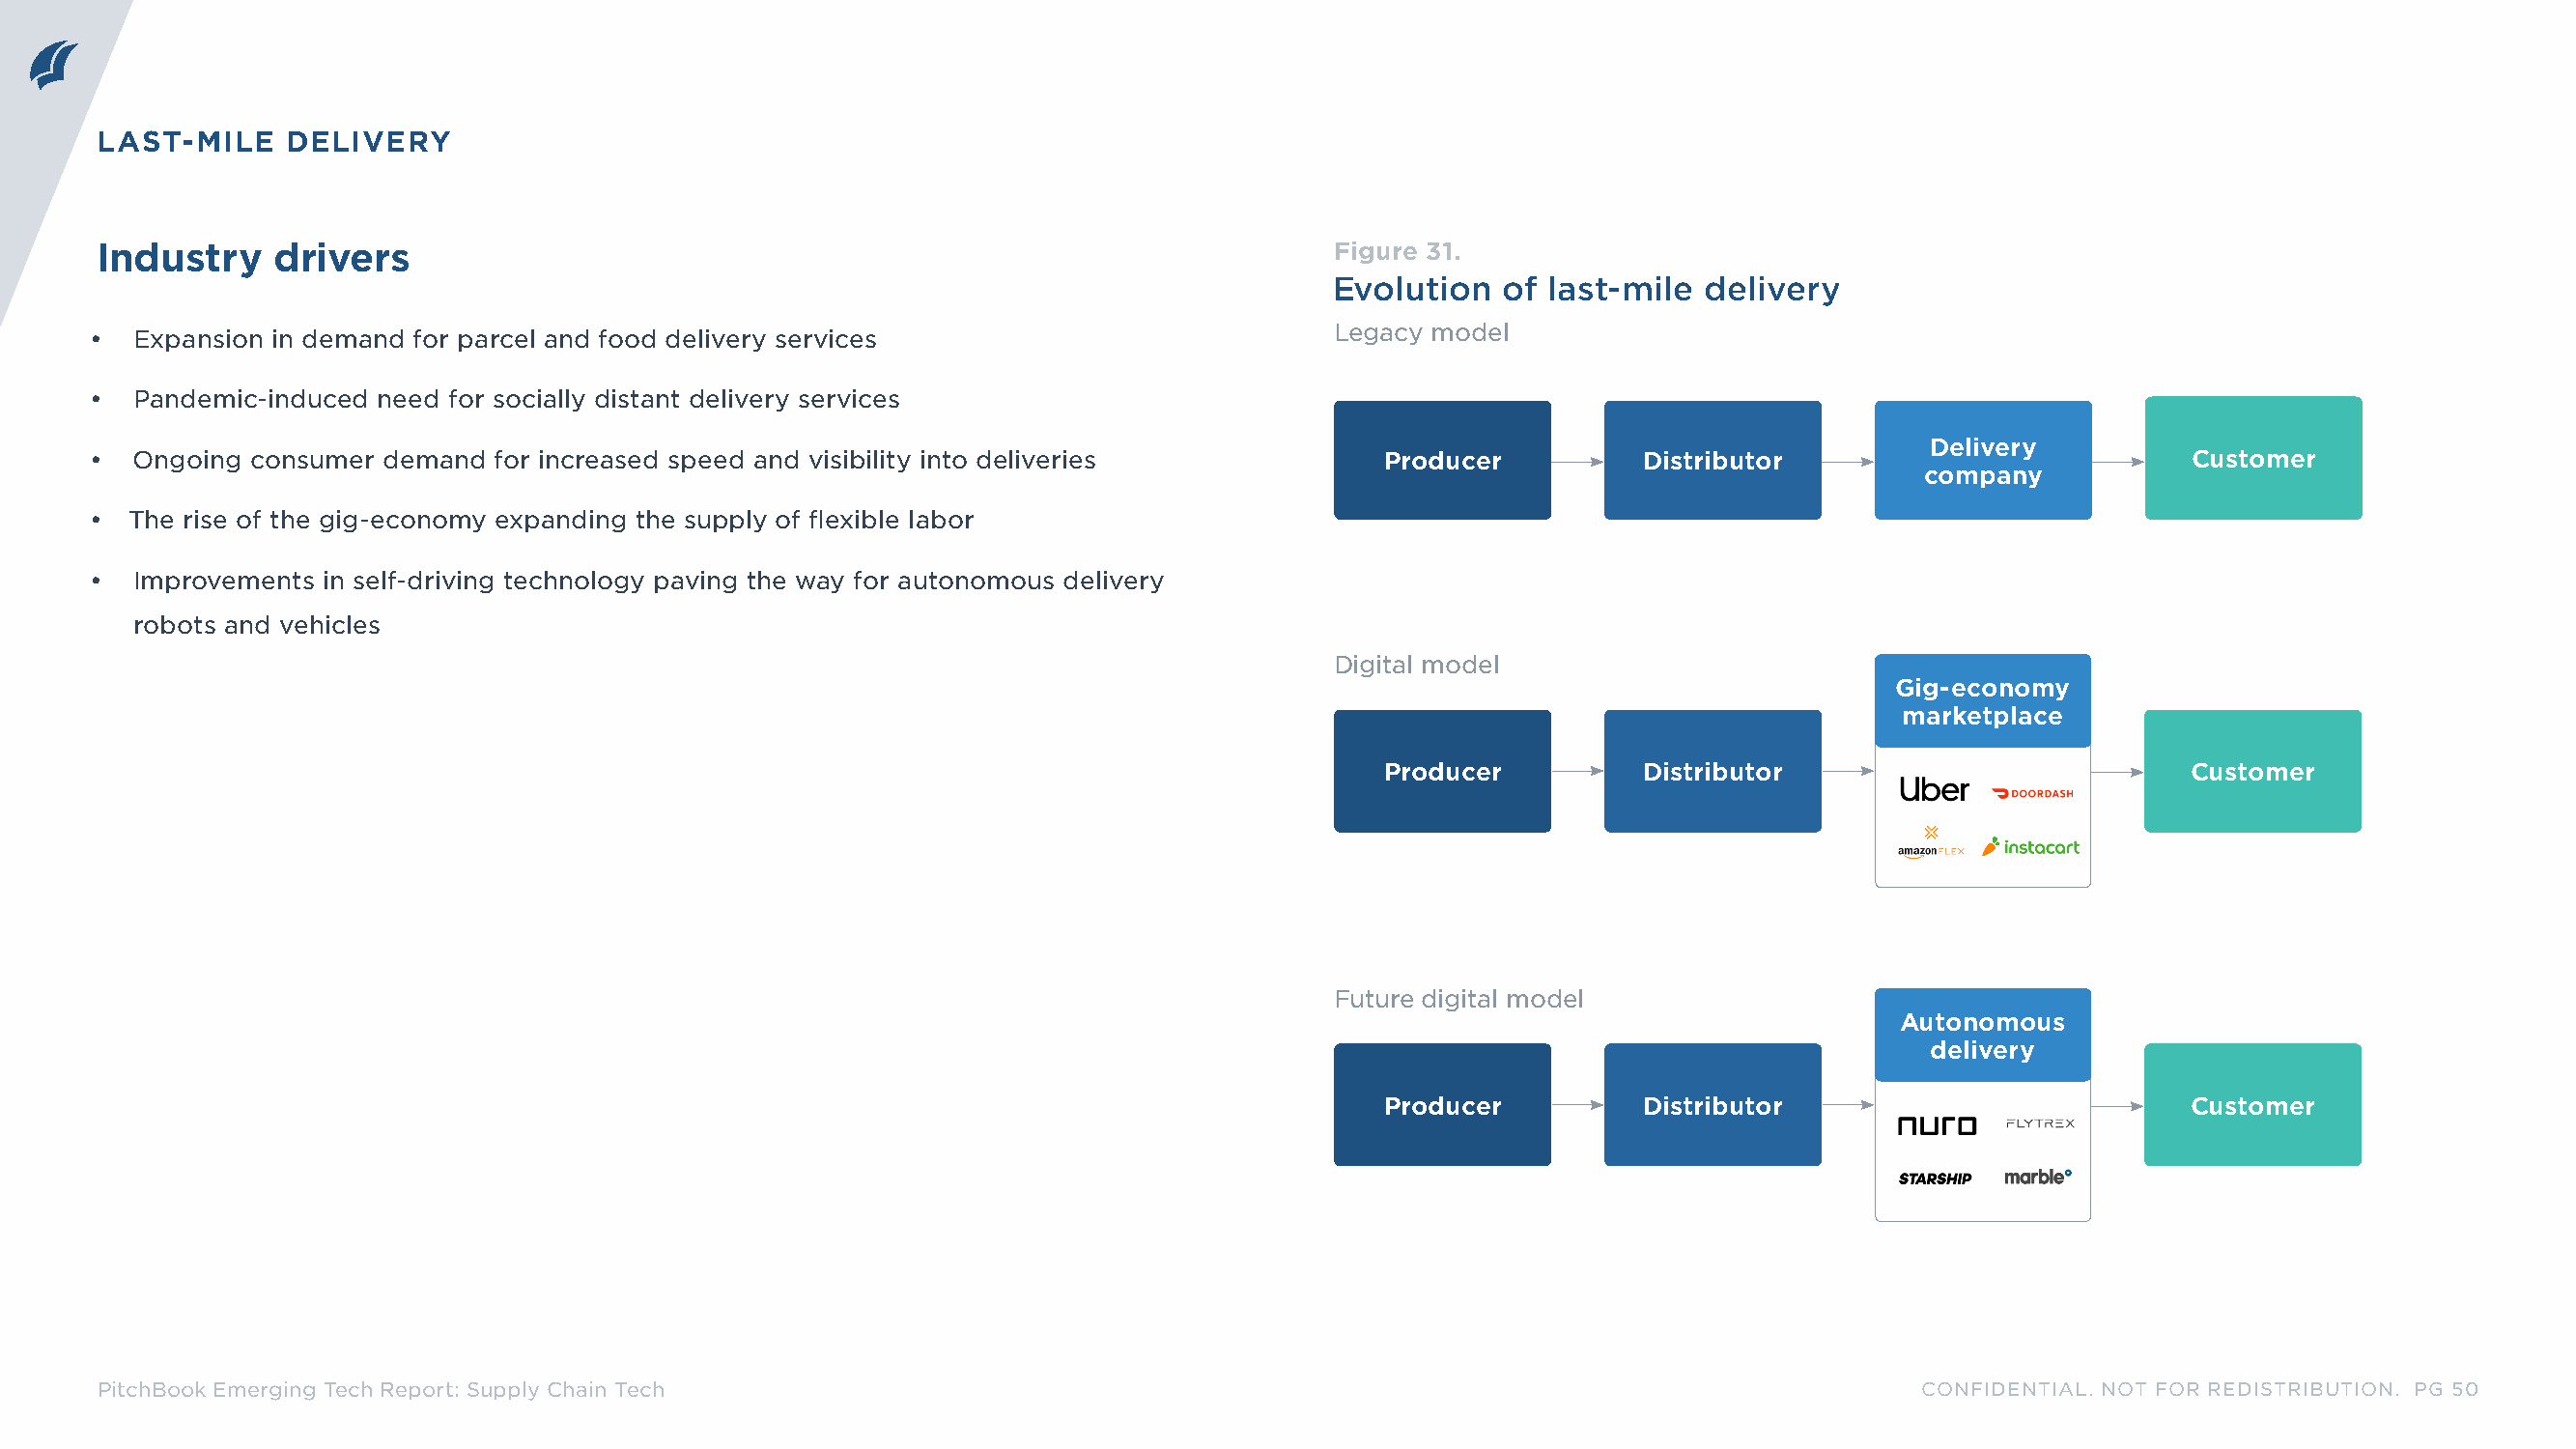
LAST-MILE    DELIVERY
 Industry    drivers                                                                 Figure 31.
 Evolution   of last-mile  delivery
 Legacy model
 •  Expansion in demand for parcel and food delivery services
 •  Pandemic-induced need for socially distant delivery services
 Delivery
 •  Ongoing consumer demand  for increased speed and visibility into deliveries           Producer          Distributor                          Customer
 company
 •  The rise of the gig-economy expanding the supply of flexible labor
 •  Improvements in self-driving technology paving the way for autonomous delivery
 robots and vehicles
 Digital model
 Gig-economy
 marketplace
 Producer          Distributor                          Customer
 Future digital model
 Autonomous
 delivery
 Producer          Distributor                          Customer
 PitchBook Emerging Tech Report: Supply Chain Tech                                                                            CONFIDENTIAL. NOT FOR REDISTRIBUTION. PG 50